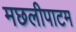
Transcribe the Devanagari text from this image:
मछलीपाटम